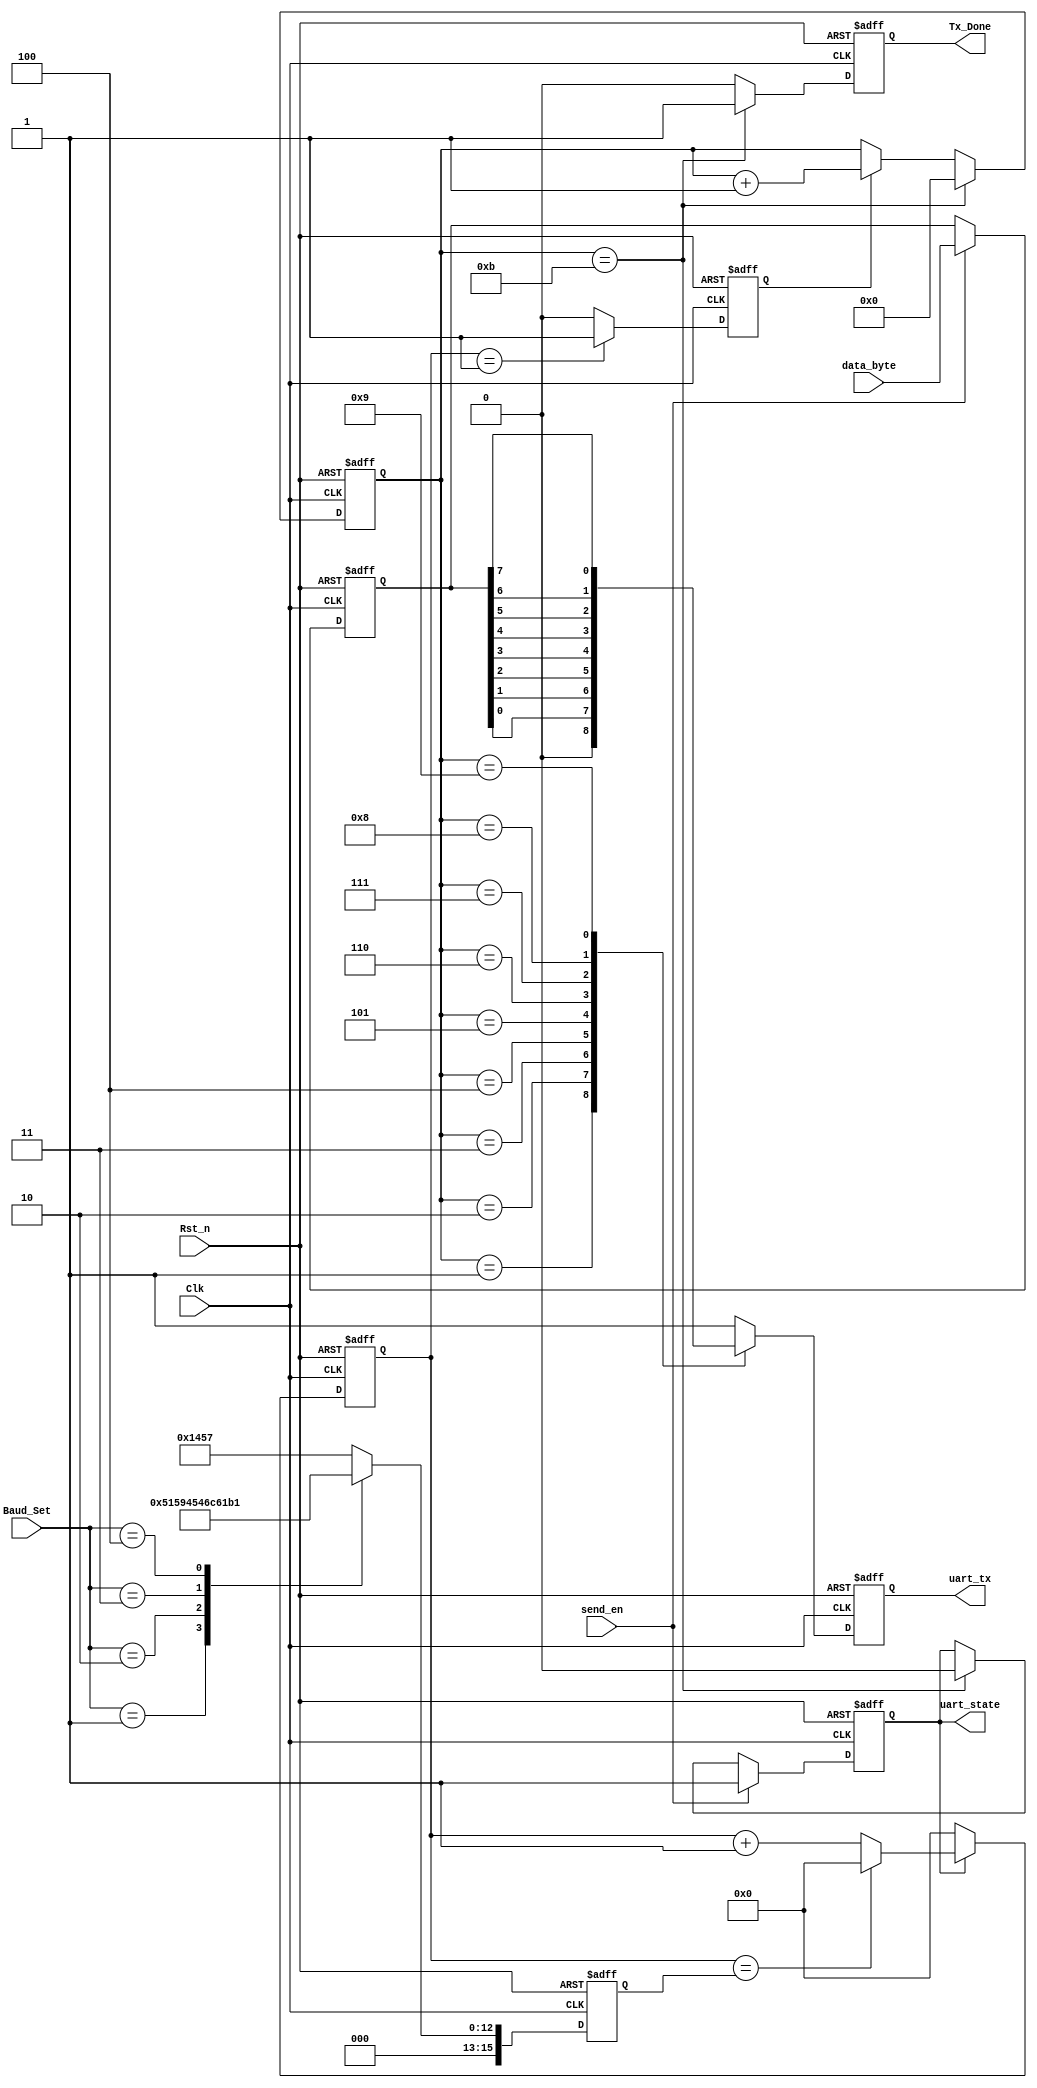
// This program was cloned from: https://github.com/abdelazeem201/SoC-FPGA
// License: MIT License

//*************************************************************************
//*   ASIC Fresh Board
//*   UART2I2C                                                      
//*  File : uart_byte_tx.v                                                 
//*  Author: Abdelazeem                                                   *
//*  Revision 0.1                                                         *
//*  Date     2024/01/26                                                  *   
//*  Email : a.abdelazeem201@gmail.com                                   *
//***********************************************************************
`timescale 1ns/1ns

module uart_byte_tx(
	Clk,
	Rst_n,
  
	data_byte,
	send_en,   
	Baud_Set,  
	
	uart_tx,  
	Tx_Done,   
	uart_state 
);

	input Clk ;     
	input Rst_n;     
	input [7:0]data_byte;   
	input send_en;     
	input [2:0]Baud_Set;    
	
	output reg uart_tx;     
	output reg Tx_Done;    
	output reg uart_state;  

	localparam START_BIT = 1'b0;
	localparam STOP_BIT = 1'b1; 
	
	reg bps_clk;	      
	reg [15:0]div_cnt;       
	reg [15:0]bps_DR;        
	reg [3:0]bps_cnt;      
	reg [7:0]data_byte_reg; 
	
	always@(posedge Clk or negedge Rst_n)
	if(!Rst_n)
		uart_state <= 1'b0;
	else if(send_en)
		uart_state <= 1'b1;
	else if(bps_cnt == 4'd11)
		uart_state <= 1'b0;
	else
		uart_state <= uart_state;
	
	always@(posedge Clk or negedge Rst_n)
	if(!Rst_n)
		data_byte_reg <= 8'd0;
	else if(send_en)
		data_byte_reg <= data_byte;
	else
		data_byte_reg <= data_byte_reg;
	
	always@(posedge Clk or negedge Rst_n)
	if(!Rst_n)
		bps_DR <= 16'd5207;
	else begin
		case(Baud_Set)
			0:bps_DR <= 16'd5207;
			1:bps_DR <= 16'd2603;
			2:bps_DR <= 16'd1301;
			3:bps_DR <= 16'd867;
			4:bps_DR <= 16'd433;
			default:bps_DR <= 16'd5207;			
		endcase
	end	
	
 
	always@(posedge Clk or negedge Rst_n)
	if(!Rst_n)
		div_cnt <= 16'd0;
	else if(uart_state)begin
		if(div_cnt == bps_DR)
			div_cnt <= 16'd0;
		else
			div_cnt <= div_cnt + 1'b1;
	end
	else
		div_cnt <= 16'd0;
	
 
	always@(posedge Clk or negedge Rst_n)
	if(!Rst_n)
		bps_clk <= 1'b0;
	else if(div_cnt == 16'd1)
		bps_clk <= 1'b1;
	else
		bps_clk <= 1'b0;
	
 
	always@(posedge Clk or negedge Rst_n)
	if(!Rst_n)	
		bps_cnt <= 4'd0;
	else if(bps_cnt == 4'd11)
		bps_cnt <= 4'd0;
	else if(bps_clk)
		bps_cnt <= bps_cnt + 1'b1;
	else
		bps_cnt <= bps_cnt;
		
	always@(posedge Clk or negedge Rst_n)
	if(!Rst_n)
		Tx_Done <= 1'b0;
	else if(bps_cnt == 4'd11)
		Tx_Done <= 1'b1;
	else
		Tx_Done <= 1'b0;
		
	always@(posedge Clk or negedge Rst_n)
	if(!Rst_n)
		uart_tx <= 1'b1;
	else begin
		case(bps_cnt)
			0:uart_tx <= 1'b1;
			1:uart_tx <= START_BIT;
			2:uart_tx <= data_byte_reg[0];
			3:uart_tx <= data_byte_reg[1];
			4:uart_tx <= data_byte_reg[2];
			5:uart_tx <= data_byte_reg[3];
			6:uart_tx <= data_byte_reg[4];
			7:uart_tx <= data_byte_reg[5];
			8:uart_tx <= data_byte_reg[6];
			9:uart_tx <= data_byte_reg[7];
			10:uart_tx <= STOP_BIT;
			default:uart_tx <= 1'b1;
		endcase
	end	

endmodule